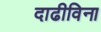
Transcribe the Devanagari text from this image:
दाढीविना